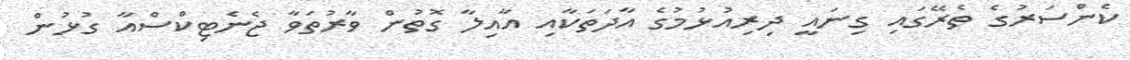
ކެންސަރުގެ ތެރޭގައި ގިނައީ ދިރިއުޅުމުގެ އާދަތަކާއި އާއިލާ ގޮތުން ވާރުތަވާ ޖެނެޓިކްސްއާ ގުޅުން